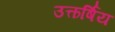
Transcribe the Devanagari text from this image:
उत्कर्षिय